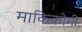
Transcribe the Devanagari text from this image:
माकिकोमी